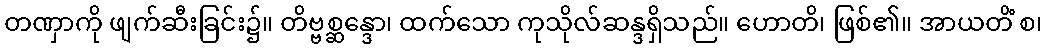
တဏှာကို ဖျက်ဆီးခြင်း၌။ တိဗ္ဗစ္ဆန္ဒော၊ ထက်သော ကုသိုလ်ဆန္ဒရှိသည်။ ဟောတိ၊ ဖြစ်၏။ အာယတိံ စ၊